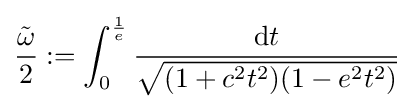
{\frac {\tilde {\omega }}{2}}:=\int _{0}^{\frac {1}{e}}{\frac {\mathrm {d} t}{\sqrt {(1+c^{2}t^{2})(1-e^{2}t^{2})}}}